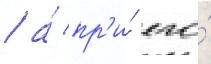
/ а́ пр'и́ его́